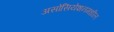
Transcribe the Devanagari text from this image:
असोसियेशनमधील